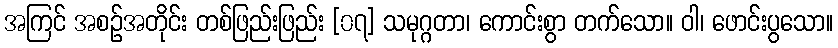
အကြင် အစဉ်အတိုင်း တစ်ဖြည်းဖြည်း [၀၇] သမုဂ္ဂတာ၊ ကောင်းစွာ တက်သော။ ဝါ၊ ဖောင်းပွသော။